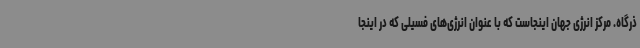
ذرگاه. مرکز انرژی جهان اینجاست که با عنوان انرژی‌های فسیلی که در اینجا